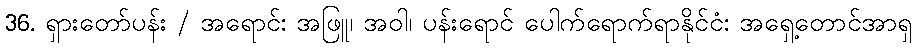
36. ရှားတော်ပန်း / အရောင်: အဖြူ၊ အဝါ၊ ပန်းရောင် ပေါက်ရောက်ရာနိုင်ငံ: အရှေ့တောင်အာရှ